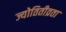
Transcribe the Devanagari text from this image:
ज्योतितीव्रता